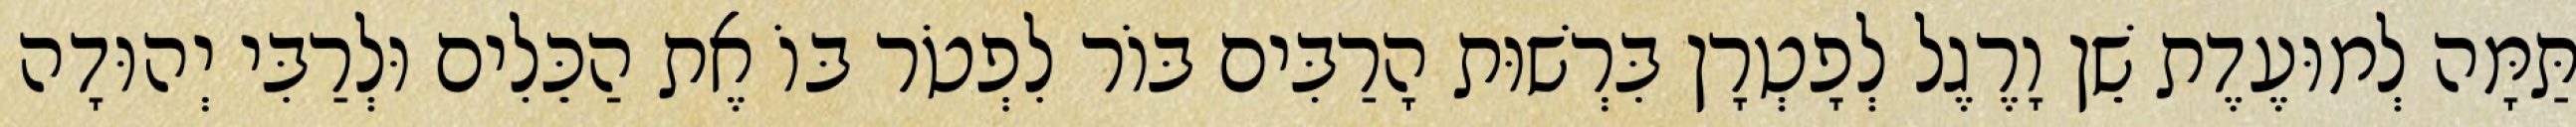
תַּמָּה לְמוּעֶדֶת שֵׁן וָרֶגֶל לְפָטְרָן בִּרְשׁוּת הָרַבִּים בּוֹר לִפְטֹר בּוֹ אֶת הַכֵּלִים וּלְרַבִּי יְהוּדָה